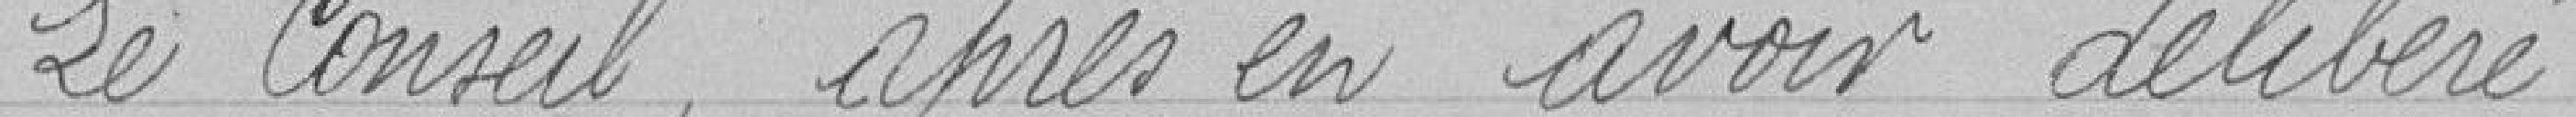
Le conseil après en avoir délibéré